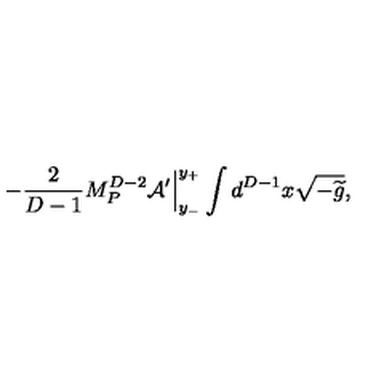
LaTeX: - { \frac { 2 } { D - 1 } } M _ { P } ^ { D - 2 } { \cal A } ^ { \prime } \Big | _ { y _ { - } } ^ { y _ { + } } \int d ^ { D - 1 } x \sqrt { - { \widetilde g } } ,